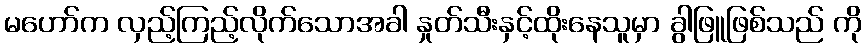
မဟော်က လှည့်ကြည့်လိုက်သောအခါ နှုတ်သီးနှင့်ထိုးနေသူမှာ ခွါဖြူဖြစ်သည် ကို